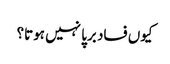
کیوں فساد برپا نہیں ہوتا؟